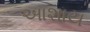
આશાય